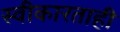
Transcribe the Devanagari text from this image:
स्वीकारताही